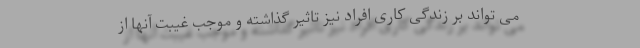
می تواند بر زندگی کاری افراد نیز تاثیر گذاشته و موجب غیبت آنها از